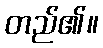
တည်၏။